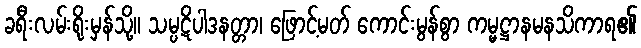
ခရီးလမ်းရိုးမှန်သို့။ သမ္ပဋိပါဒနတ္တာ၊ ဖြောင့်မတ် ကောင်းမွန်စွာ ကမ္မဋ္ဌာနမနသိကာရ၏